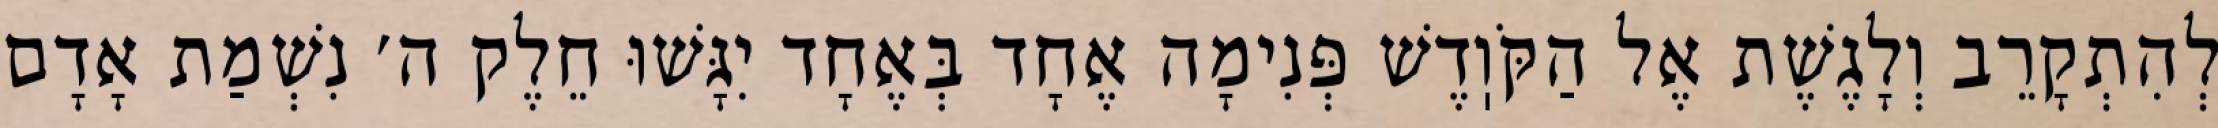
לְהִתְקָרֵב וְלָגֶשֶׁת אֶל הַקֹּוֽדֶשׁ פְּנִימָה אֶחָד בְּאֶחָד יִגָּשׁוּ חֵלֶק ה׳ נִשְׁמַת אָדָם